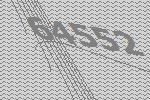
64552